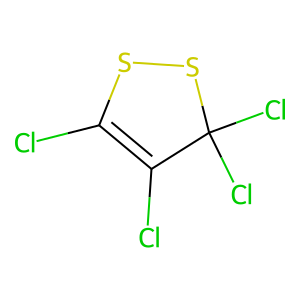
SMILES: ClC1=C(Cl)C(Cl)(Cl)SS1
Inhibits HIV replication: No